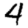
Digit: 4